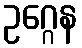
ဥဂ္ဂေန